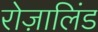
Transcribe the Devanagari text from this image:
रोज़ालिंड